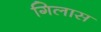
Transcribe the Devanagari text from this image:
गिलास